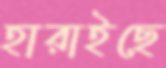
হারাইছে